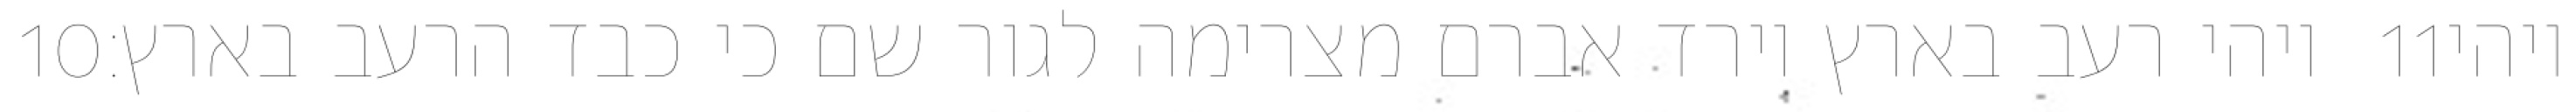
‎10‏ ויהי רעב בארץ וירד אברם מצרימה לגור שם כי כבד הרעב בארץ׃ ‎11‏ ויהי